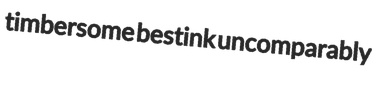
timbersome bestink uncomparably